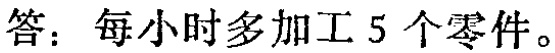
答：每小时多加工 5 个零件。